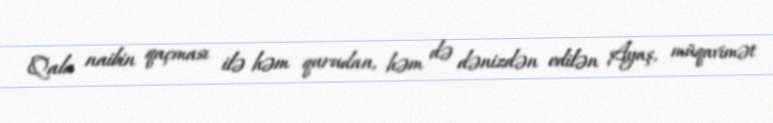
Qala naibin qaçması ilə həm qurudan, həm də dənizdən edilən Ayaş, müqavimət